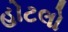
હોટલો